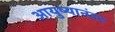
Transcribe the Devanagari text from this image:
आयुष्यानंतर